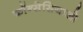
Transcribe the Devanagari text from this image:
कॉन्सेसियाओ